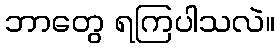
ဘာတွေ ရကြပါသလဲ။